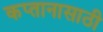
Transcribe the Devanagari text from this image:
कप्तानासाठी